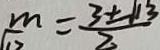
\frac { m } { 1 2 } = \frac { 3 \pm \sqrt { 1 3 } } { 2 }